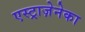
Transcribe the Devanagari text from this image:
एस्ट्राज़ेनेका